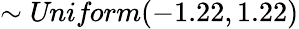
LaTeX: \sim\textit{Uniform}(-1.22,1.22)